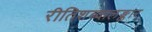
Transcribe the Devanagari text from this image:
रीतिशब्दालङ्कार